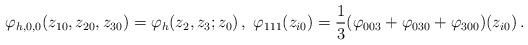
LaTeX: \begin{align*}\varphi_{h,0,0}(z_{10},z_{20},z_{30})=\varphi_h(z_2,z_3;z_0)\,,\;\varphi_{111}(z_{i0})=\frac{1}{3}(\varphi_{003}+\varphi_{030}+\varphi_{300})(z_{i0})\,.\end{align*}